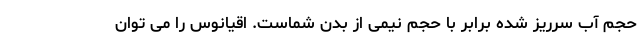
حجم آب سرریز شده برابر با حجم نیمی از بدن شماست. اقیانوس را می توان